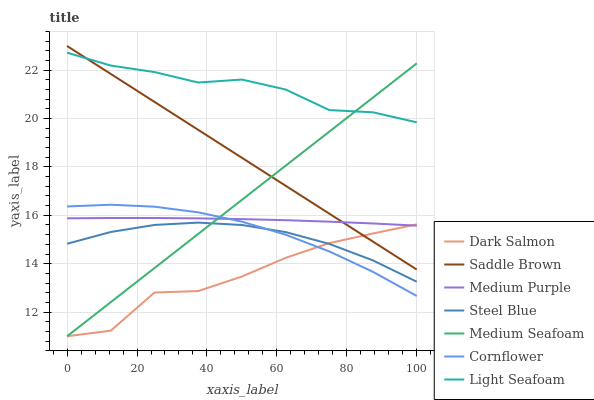
| xaxis_label | Dark Salmon | Saddle Brown | Medium Purple | Steel Blue | Medium Seafoam | Cornflower | Light Seafoam |
 | --- | --- | --- | --- | --- | --- | --- | --- |
 | 0 | 11 | 23 | 15.9 | 14.8 | 11 | 16.4 | 22.7 |
 | 12.5 | 11.2 | 21.8 | 15.9 | 15.3 | 12.4 | 16.4 | 22.2 |
 | 25 | 12.8 | 20.7 | 15.9 | 15.6 | 13.8 | 16.4 | 21.9 |
 | 37.5 | 12.9 | 19.5 | 15.9 | 15.7 | 15.2 | 16.1 | 21.5 |
 | 50 | 13.5 | 18.4 | 15.8 | 15.6 | 16.6 | 15.7 | 21.6 |
 | 62.5 | 14.2 | 17.2 | 15.8 | 15.3 | 18.1 | 15.2 | 21.2 |
 | 75 | 14.9 | 16.1 | 15.7 | 14.8 | 19.5 | 14.5 | 20.4 |
 | 87.5 | 15.2 | 14.9 | 15.7 | 14.1 | 20.9 | 13.7 | 20.3 |
 | 100 | 15.6 | 13.8 | 15.6 | 13.3 | 22.3 | 12.7 | 19.8 |